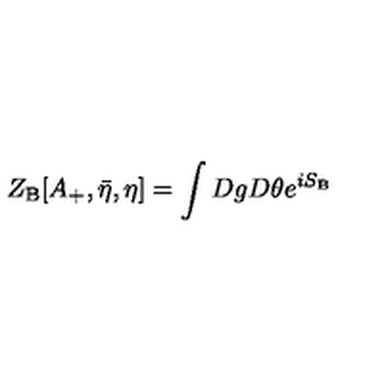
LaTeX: Z _ { \mathrm { B } } [ A _ { + } , { \bar { \eta } } , \eta ] = \int D g D \theta e ^ { i S _ { \mathrm { B } } }